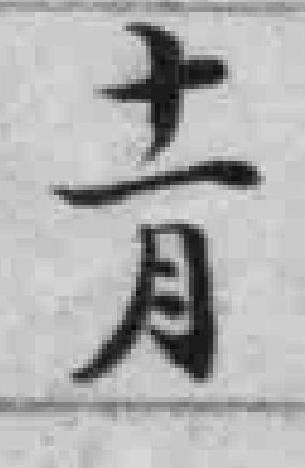
十一月